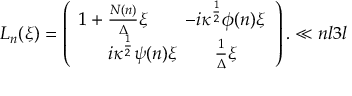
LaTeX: { L } _ { n } ( \xi ) = \left( \begin{array} { c } { { { 1 + { \frac { N ( n ) } { \Delta } } \xi } \qquad { - i \kappa ^ { \frac { 1 } { 2 } } \phi ( n ) \xi } } } \\ { { { i \kappa ^ { \frac { 1 } { 2 } } \psi ( n ) \xi } \qquad { { \frac { 1 } { \Delta } } \xi } } } \end{array} \right) . \ll { n l 3 l }